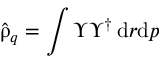
\hat { \uprho } _ { q } = \int \Upsilon \Upsilon ^ { \dagger } \, { \mathrm { d } } r { \mathrm { d } } p